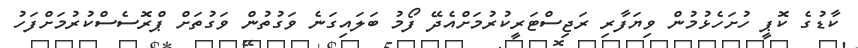
ކާޑުގެ ކޮޕީ ހުށަހެޅުމުން ވިޔަފާރި ރަޖިސްޓަރީކުރުމަށްއެދޭ ފޯމު ބަލައިގަނެ ވަގުތުން ވަގުތަށް ޕްރޮސެސްކުރުމަށްފަހު